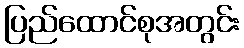
ပြည်ထောင်စုအတွင်း